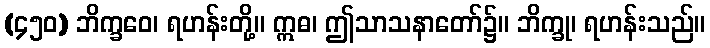
(၄၅၀) ဘိက္ခဝေ၊ ရဟန်းတို့။ ဣဓ၊ ဤသာသနာတော်၌။ ဘိက္ခု၊ ရဟန်းသည်။